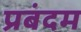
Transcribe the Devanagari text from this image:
प्रबंदम